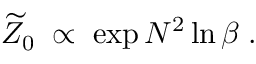
\widetilde { Z } _ { 0 } \; \propto \; \exp N ^ { 2 } \ln \beta \; .